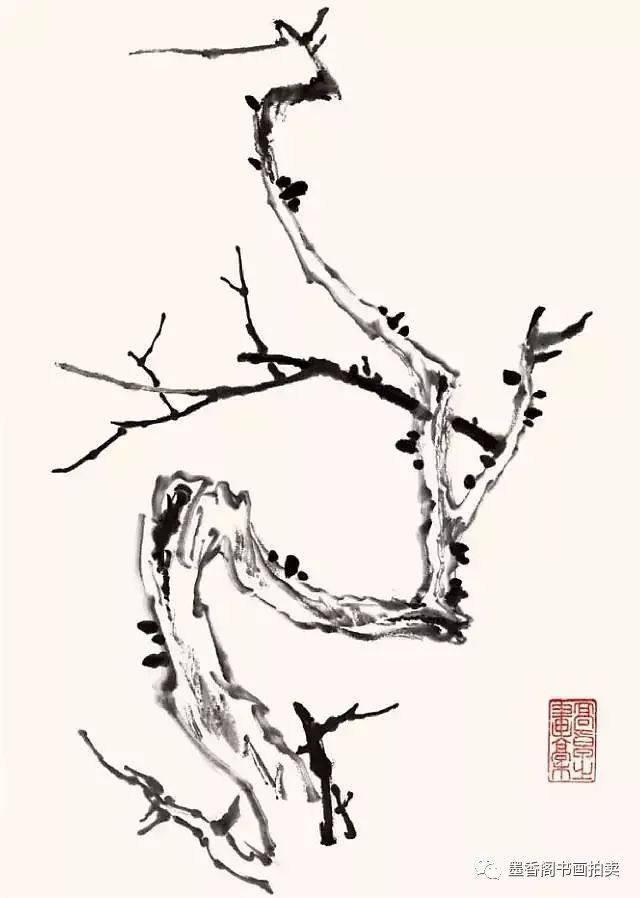
试问梅花何处好，与君藉草携壶。